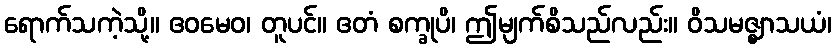
ရောက်သကဲ့သို့။ ဧဝမေဝ၊ တူပင်။ ဧတံ စက္ခုပိ၊ ဤမျက်စိသည်လည်း။ ဝိသမဇ္ဈာသယံ၊